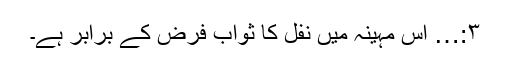
۳:… اس مہینہ میں نفل کا ثواب فرض کے برابر ہے۔